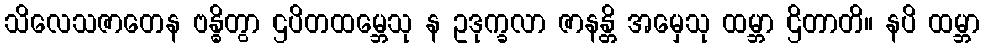
သိလေသဇာတေန ဗန္ဓိတွာ ဌပိတထမ္ဘေသု န ဥဒုက္ခလာ ဇာနန္တိ အမှေသု ထမ္ဘာ ဌိတာတိ။ နပိ ထမ္ဘာ